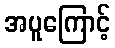
အပူကြောင့်